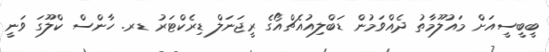
ބީބީސީއަށް މައުލޫމާތު ދެއްވަމުން ޑަބްލިއުއެޗްއޯގެ ރީޖަނަލް ޑިރެކްޓަރު ޑރ. ހާންސް ކްލޫގަ ވަނީ